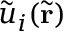
\tilde { u } _ { i } ( \tilde { \mathbf { r } } )